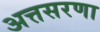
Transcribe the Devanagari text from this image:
अत्तसरणा